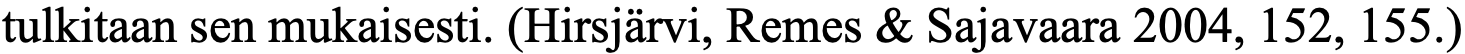
tulkitaan sen mukaisesti. (Hirsjärvi, Remes & Sajavaara 2004, 152, 155.)